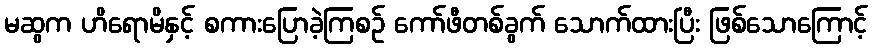
မဆွက ဟိရောမိနှင့် စကားပြောခဲ့ကြစဉ် ကော်ဖီတစ်ခွက် သောက်ထားပြီး ဖြစ်သောကြောင့်